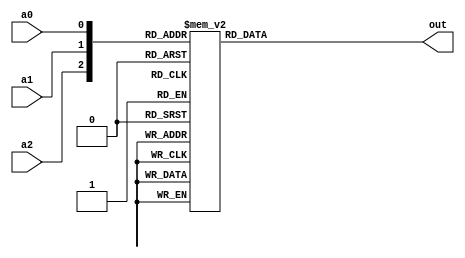
module pencoder_3_2 (
  input a0,
  input a1,
  input a2,
  output reg [1:0] out
);

always @(*) begin
  case({a2,a1,a0})
    3'b001 : out = 2'b01;
    3'b011 : out = 2'b01;
    3'b101 : out = 2'b01;
    3'b111 : out = 2'b01;

    3'b010 : out = 2'b10;
    3'b110 : out = 2'b10;

    3'b100 : out = 2'b11;

    3'b000 : out = 2'b00;
  endcase
end

endmodule